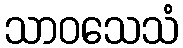
သာဝသေသံ